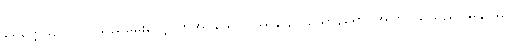
မေတ္တေယျလုလင်သည်မေးလျှောက်အပ်သောပြဿနာ၌။ ယောနရော၊ အကြင်သူသည်။ မန္တာယ၊